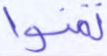
تمنوا